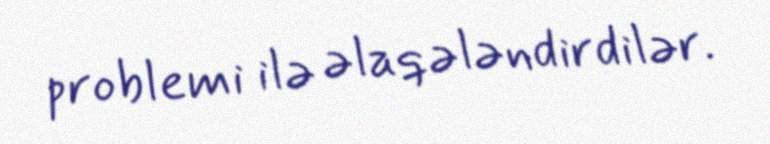
problemi ilə əlaqələndirdilər.